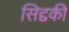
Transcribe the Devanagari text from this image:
सिद्दकी